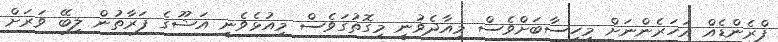
ފްރެންޑެއް އަހަރެންނަށް މިހިސާބަށްވެސް މިއާދެވުނީ މިގޮތުގަވެސް މިއުޅެވެނީ އަޝޫގެ ފަރާތުން ލިބޭ ވަރަށް